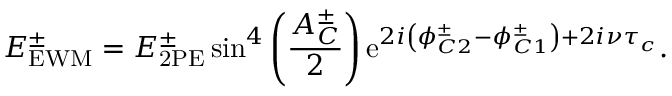
E _ { \mathrm { E W M } } ^ { \pm } = E _ { \mathrm { 2 P E } } ^ { \pm } \sin ^ { 4 } \left( \frac { A _ { C } ^ { \pm } } { 2 } \right) \mathrm { e } ^ { 2 i \left( \phi _ { C 2 } ^ { \pm } - \phi _ { C 1 } ^ { \pm } \right) + 2 i \nu \tau _ { c } } .